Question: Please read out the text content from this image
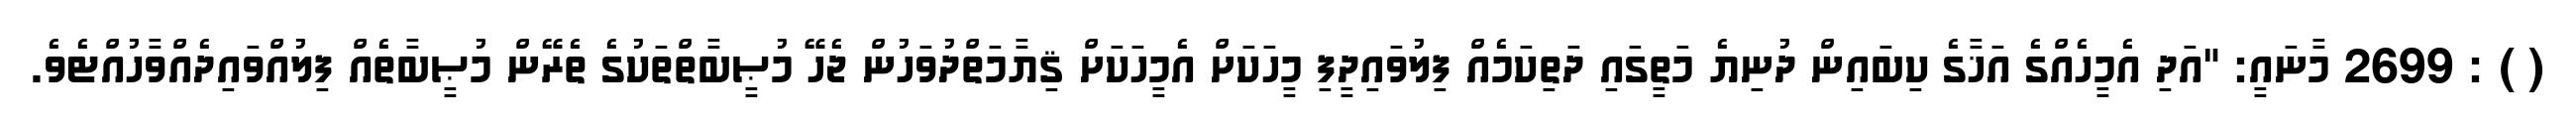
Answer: ( ) : 2699 މާނައީ: "އަދި އެމީހެއްގެ އަޚާގެ ކިބައިން ދުނިޔެ މަތީގައި ދަތިކަމެއް ފިލުވައިދީފި މީހަކަށް އެމީހަކަށް ޤިޔާމަތްދުވަހުން ޖެހޭ މުޞީބާތްތަކުގެ ތެރޭން މުޞީބާތެއް ފިލުއްވައިދެއްވާހުއްޓެވެ.